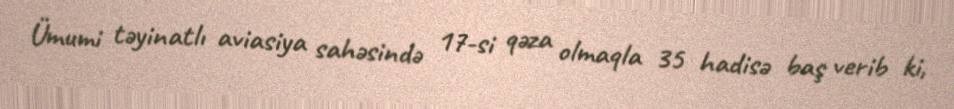
Ümumi təyinatlı aviasiya sahəsində 17-si qəza olmaqla 35 hadisə baş verib ki,